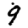
Digit: 9